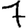
Digit: 7